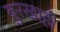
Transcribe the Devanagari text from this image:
बुरखाही